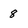
Character: 8